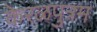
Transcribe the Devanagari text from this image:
केरळपुत्रम